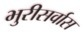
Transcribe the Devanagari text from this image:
भुरीसर्वास